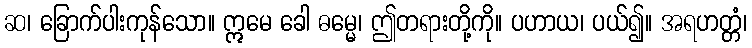
ဆ၊ ခြောက်ပါးကုန်သော။ ဣမေ ခေါ ဓမ္မေ၊ ဤတရားတို့ကို။ ပဟာယ၊ ပယ်၍။ အရဟတ္တံ၊